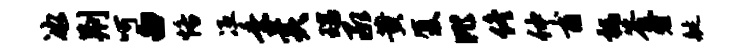
冰荆呵白恪冱乘美瑞承黄厦比佟仲甫祸答奢艇